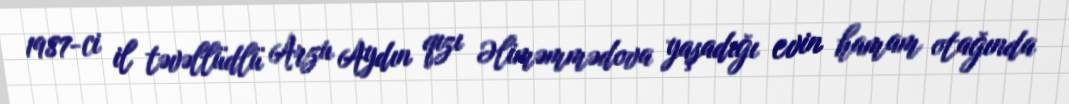
1987-ci il təvəllüdlü Arzu Aydın qızı Əliməmmədova yaşadığı evin hamam otağında